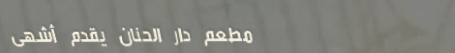
مطعم دار الحنان يقدم أشهى